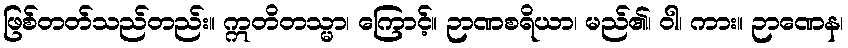
ဖြစ်တတ်သည်တည်း။ ဣတိတသ္မာ၊ ကြောင့်။ ဉာဏစရိယာ၊ မည်၏၊ ဝါ၊ ကား။ ဉာဏေန၊